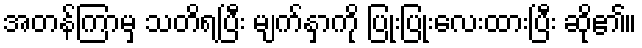
အတန်ကြာမှ သတိရပြီး မျက်နှာကို ပြုံးပြုံးလေးထားပြီး ဆို၏။